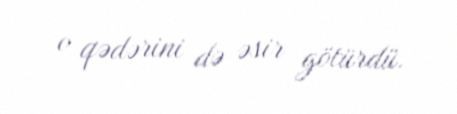
o qədərini də əsir götürdü.